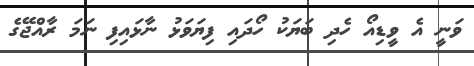
ވަނީ އެ ވީޑިއޯ ހެދި ބަޔަކު ހޯދައި ފިޔަވަޅު ނާޅައިފި ނަމަ ރާއްޖޭގެ